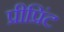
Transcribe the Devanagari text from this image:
प्रीप्रिंट